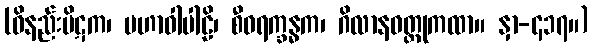
(ဝိနည်းပိဋက၊ မဟာဝါပါဠိ၊ စီဝရက္ခန္ဓက၊ ဂိလာနဝတ္ထုကထာ။ နှာ-၄၁၇။)